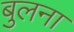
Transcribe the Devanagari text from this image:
बुलना